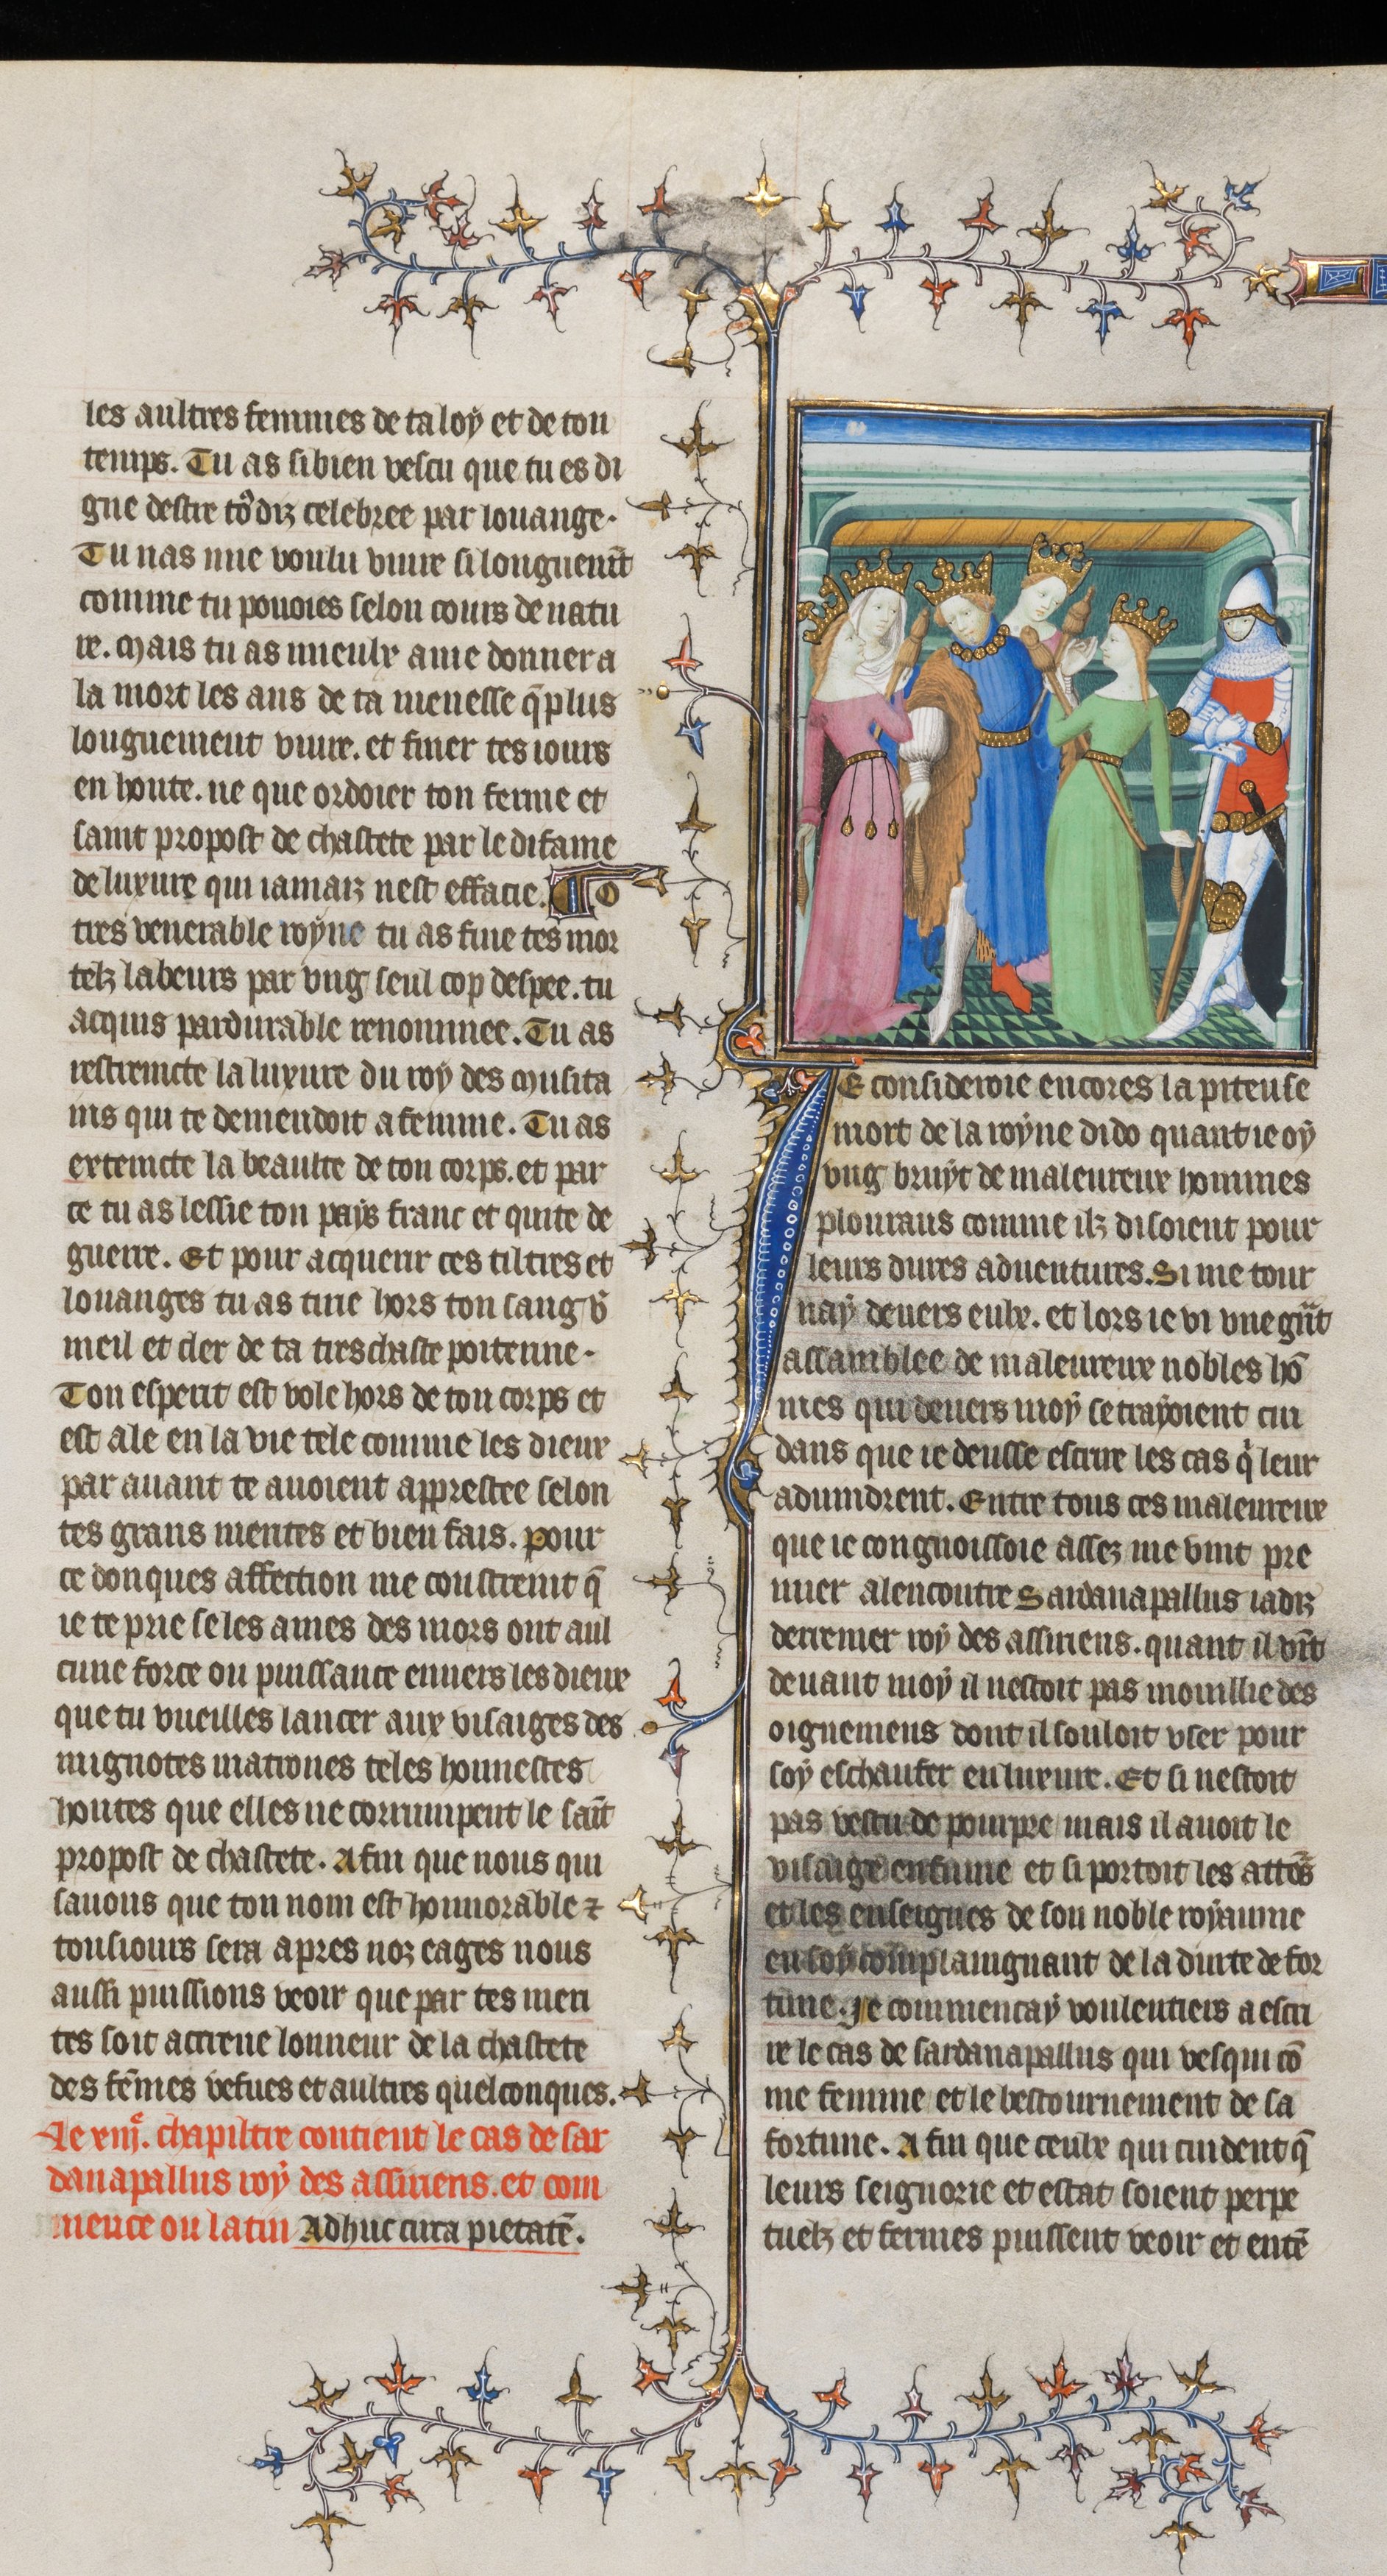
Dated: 1395–1425